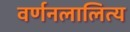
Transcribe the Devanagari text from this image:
वर्णनलालित्य